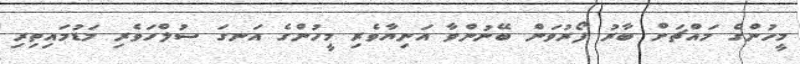
މީހުންގެ މައްޗަށް ބާރު ފޯރުވަން ބޭނުންވާ އަނިޔާވެރި މީހުންގެ އަނގަ ސުލްހަވެރި މަޑުމައިތިރި